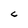
Character: C